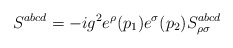
\begin{align*}S^{abcd}=-ig^2e^\rho (p_1)e^\sigma (p_2)S_{\rho \sigma }^{abcd}\end{align*}